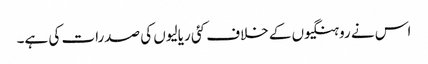
اس نے روہنگیوں کے خلاف کئی ریالیوں کی صدرات کی ہے۔